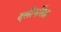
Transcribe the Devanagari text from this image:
दलीपसिंह